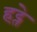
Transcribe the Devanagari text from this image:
हट्ते